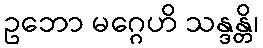
ဥဘော မဂ္ဂေဟိ သန္ဒန္တိ၊